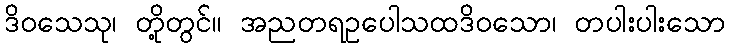
ဒိဝသေသု၊ တို့တွင်။ အညတရဥပေါသထဒိဝသော၊ တပါးပါးသော